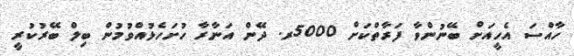
ހާއްސަ އެހީއަށް ބޭނުންވާ ފަރާތްކަށް 5000ރ. ދޭން އަނާރާ ހުށަހެޅުއްވުމުން ބިލް ބޭރުކުރީ